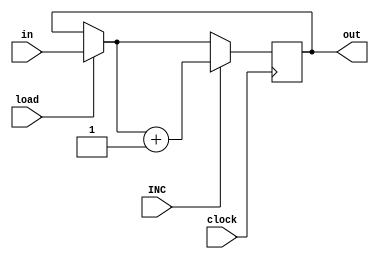
module reg16_bit(clock, load, INC, in, out);

	input clock, load, INC;
	input [15:0] in;
	output reg [15:0] out;
	
	always @(posedge clock)
	begin
		if (load == 1'b1)
			out = in;
		if (INC == 1'b1)
			out = out + 1'b1;
	end
		
endmodule